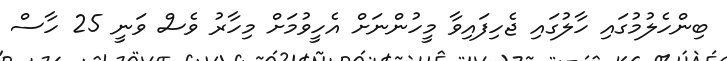
ބިންހެލުމުގައި ހާލުގައި ޖެހިފައިވާ މީހުންނަށް އެހީވުމަށް މިހާރު ވެސް ވަނީ 25 ހާސް